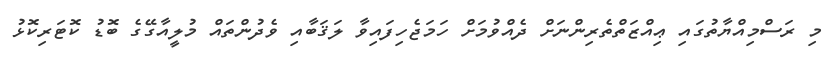
މި ރަސްމިއްޔާތުގައި ޢިއްޒަތްތެރިންނަށް ދެއްވުމަށް ހަމަޖެހިފައިވާ ލަޤަބާއި ވެދުންތައް މުލީއާގޭގެ ބޮޑު ކޮޓަރިކޮޅު